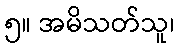
၅။ အမိသတ်သူ၊